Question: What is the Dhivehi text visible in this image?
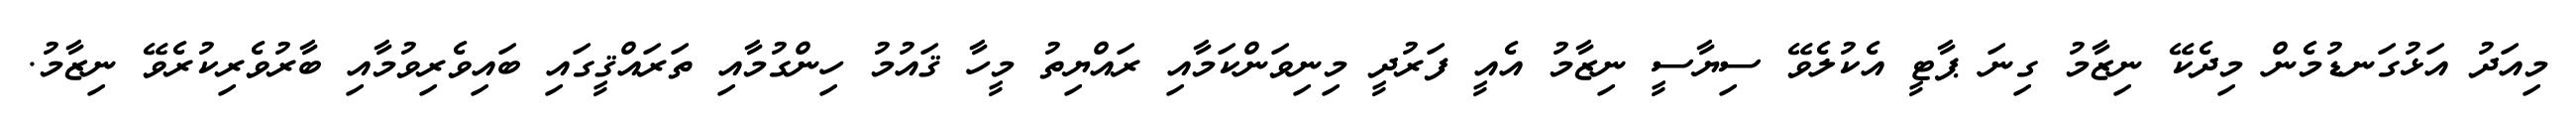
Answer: މިއަދު އަޅުގަނޑުމެން މިދެކޭ ނިޒާމު ގިނަ ޕާޓީ އެކުލެވޭ ސިޔާސީ ނިޒާމު އެއީ ފަރުދީ މިނިވަންކަމާއި ރައްޔިތު މީހާ ޤައުމު ހިންގުމާއި ތަރައްޤީގައި ބައިވެރިވުމާއި ބާރުވެރިކުރެވޭ ނިޒާމު.